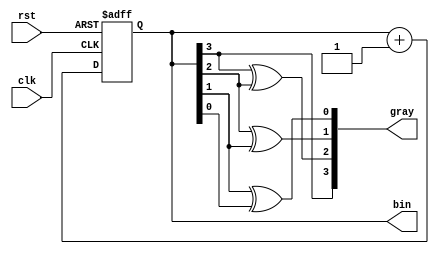
module graycounter (input clk,rst,output  [3:0]gray,bin);
reg [3:0]bin;
always @(posedge clk or posedge rst) 
    begin
        if (rst)
            bin <= 4'b0000;
        else
            bin <= bin + 1;
    end
assign gray[3]=bin[3];
assign gray[2]=bin[3]^bin[2];
assign gray[1]=bin[2]^bin[1];
assign gray[0]=bin[1]^bin[0];
endmodule